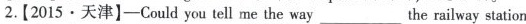
2.【2015▪天津】—Could you tell me the way___the railway station